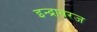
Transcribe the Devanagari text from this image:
इन्द्रावरज